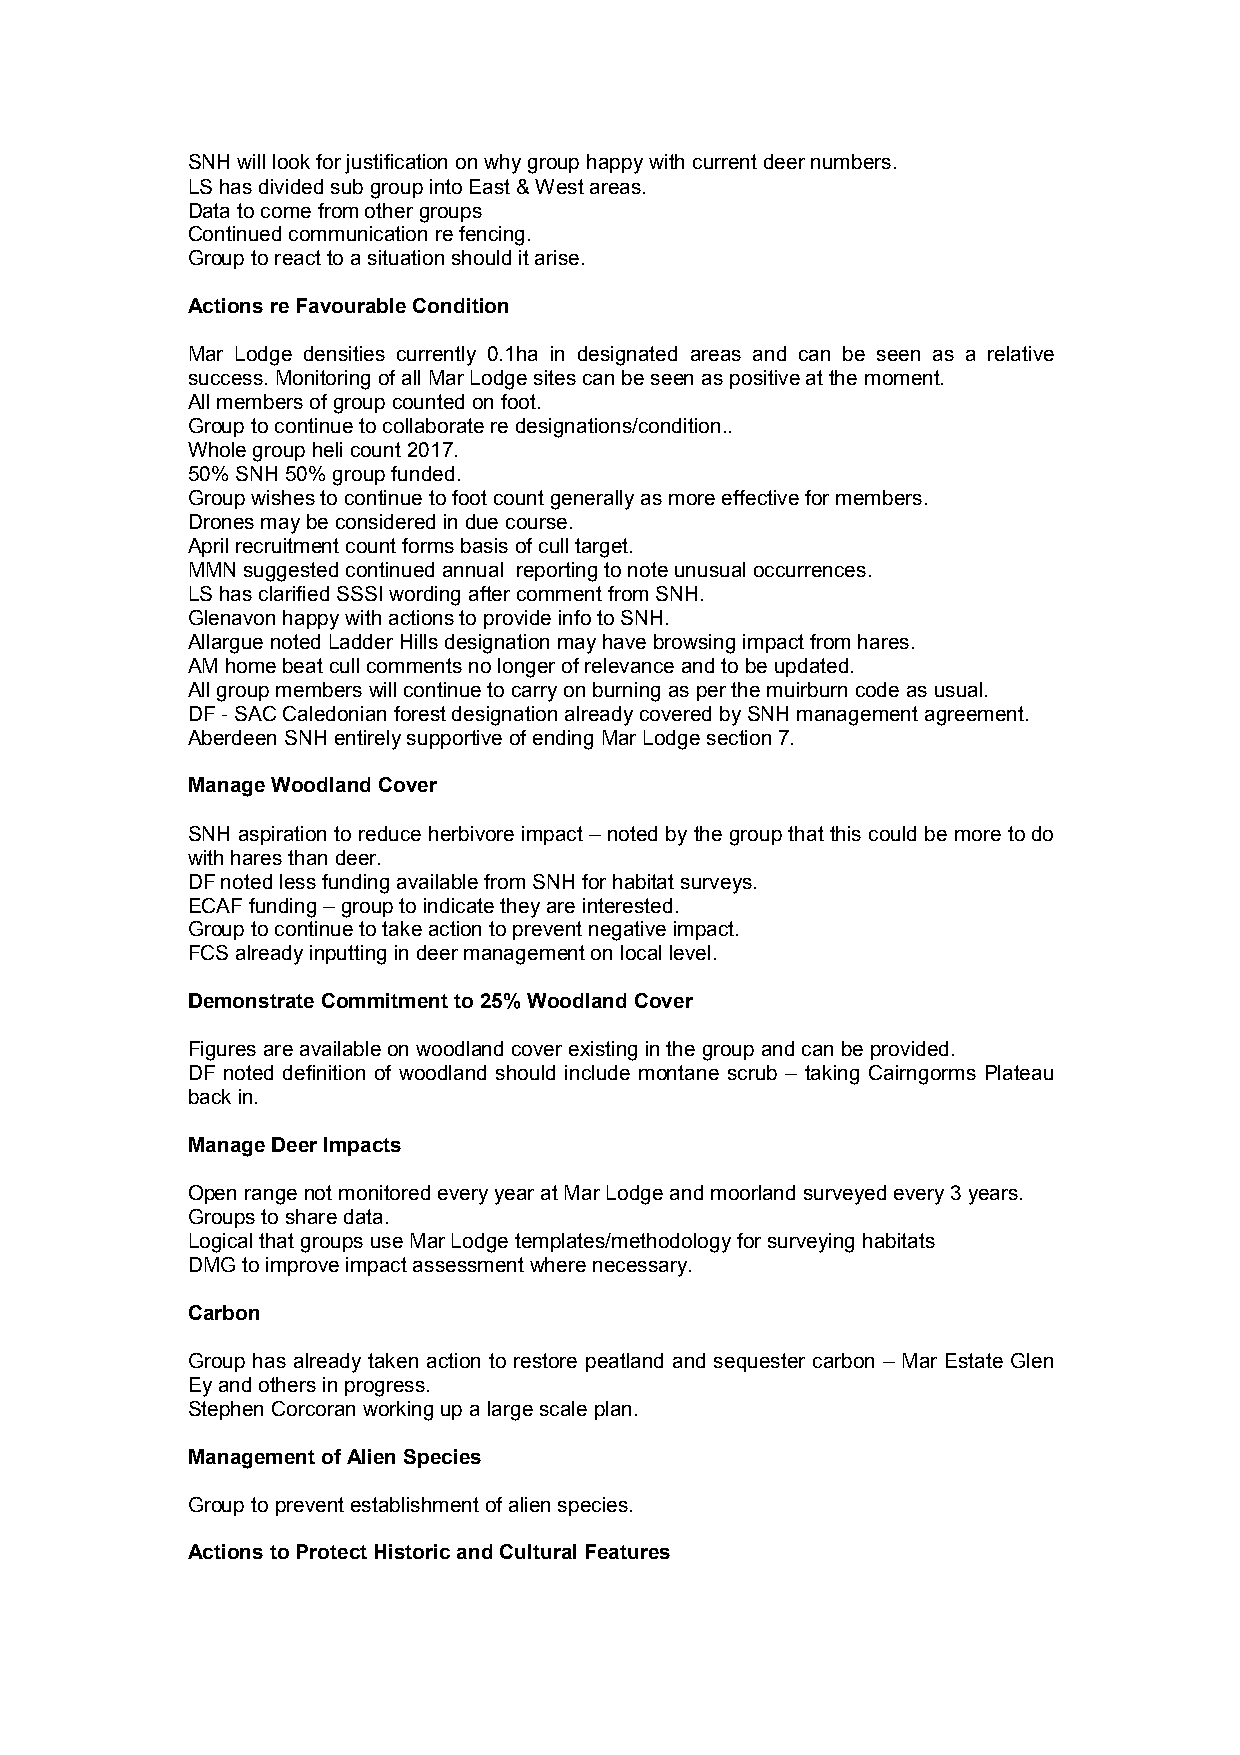
SNH will look for justification on why group happy with current deer numbers.
 LS has divided sub group into East & West areas.
 Data to come from other groups
 Continued communication re fencing.
 Group to react to a situation should it arise.
 Actions re Favourable Condition
 Mar Lodge densities currently 0.1ha in designated areas and can be seen as a relative
 success. Monitoring of all Mar Lodge sites can be seen as positive at the moment.
 All members of group counted on foot.
 Group to continue to collaborate re designations/condition..
 Whole group heli count 2017.
 50% SNH 50% group funded.
 Group wishes to continue to foot count generally as more effective for members.
 Drones may be considered in due course.
 April recruitment count forms basis of cull target.
 MMN suggested continued annual reporting to note unusual occurrences.
 LS has clarified SSSI wording after comment from SNH.
 Glenavon happy with actions to provide info to SNH.
 Allargue noted Ladder Hills designation may have browsing impact from hares.
 AM home beat cull comments no longer of relevance and to be updated.
 All group members will continue to carry on burning as per the muirburn code as usual.
 DF - SAC Caledonian forest designation already covered by SNH management agreement.
 Aberdeen SNH entirely supportive of ending Mar Lodge section 7.
 Manage Woodland Cover
 SNH aspiration to reduce herbivore impact – noted by the group that this could be more to do
 with hares than deer.
 DF noted less funding available from SNH for habitat surveys.
 ECAF funding – group to indicate they are interested.
 Group to continue to take action to prevent negative impact.
 FCS already inputting in deer management on local level.
 Demonstrate Commitment to 25% Woodland Cover
 Figures are available on woodland cover existing in the group and can be provided.
 DF noted definition of woodland should include montane scrub – taking Cairngorms Plateau
 back in.
 Manage Deer Impacts
 Open range not monitored every year at Mar Lodge and moorland surveyed every 3 years.
 Groups to share data.
 Logical that groups use Mar Lodge templates/methodology for surveying habitats
 DMG to improve impact assessment where necessary.
 Carbon
 Group has already taken action to restore peatland and sequester carbon – Mar Estate Glen
 Ey and others in progress.
 Stephen Corcoran working up a large scale plan.
 Management of Alien Species
 Group to prevent establishment of alien species.
 Actions to Protect Historic and Cultural Features